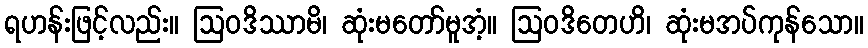
ရဟန်းဖြင့်လည်း။ ဩဝဒိဿာမိ၊ ဆုံးမတော်မူအံ့။ ဩဝဒိတေဟိ၊ ဆုံးမအပ်ကုန်သော။